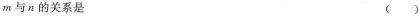
m与n的关系是 ()